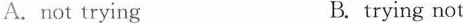
A. not trying B. trying not